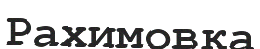
Рахимовқа